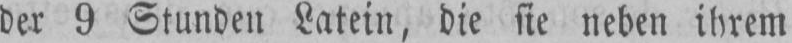
der 9 Stunden Latein, die sie neben ihrem